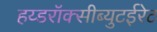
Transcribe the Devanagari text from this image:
हय्डरॉक्सीब्युटईरेट